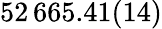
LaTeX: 52\, 665.41(14)